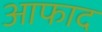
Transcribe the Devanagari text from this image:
आफाद